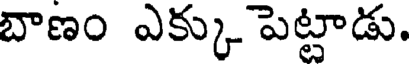
బాణం ఎక్కు పెట్టాడు.